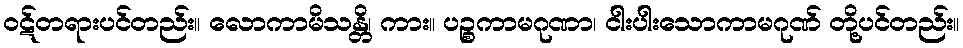
ဝဋ်တရားပင်တည်း။ လောကာမိသန္တိ၊ ကား။ ပဉ္စကာမဂုဏာ၊ ငါးပါးသောကာမဂုဏ် တို့ပင်တည်း။